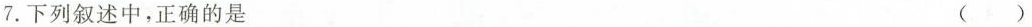
7.下列叙述中，正确的是 ( )